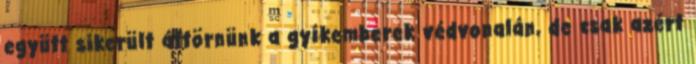
együtt sikerült áttörnünk a gyíkemberek védvonalán, de csak azért